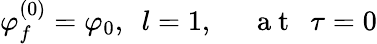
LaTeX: \varphi_{f}^{(0)}=\varphi_{0},~~l=1,~~~~~\mathrm{~a~t~}~~\tau=0